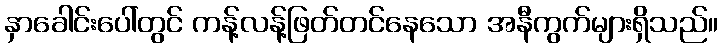
နှာခေါင်းပေါ်တွင် ကန့်လန့်ဖြတ်တင်နေသော အနီကွက်များရှိသည်။